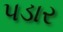
પડાર